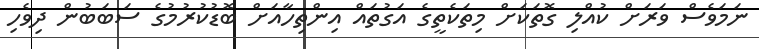
ނަމަވެސް ވަރަށް ކުއްލި ގޮތަކަށް މިތަކެތީގެ އަގުތައް އިންތިހާއަށް ބޮޑުކުރުމުގެ ސަބަބުން ދިވެހި